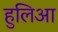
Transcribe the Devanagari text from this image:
हुलिआ